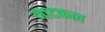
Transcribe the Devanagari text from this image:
नाटकत्व